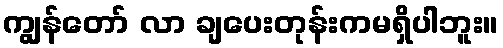
ကျွန်တော် လာ ချပေးတုန်းကမရှိပါဘူး။